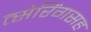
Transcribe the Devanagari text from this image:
त्सेरिंगसह